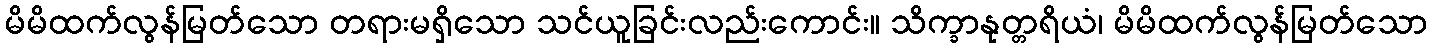
မိမိထက်လွန်မြတ်သော တရားမရှိသော သင်ယူခြင်းလည်းကောင်း။ သိက္ခာနုတ္တရိယံ၊ မိမိထက်လွန်မြတ်သော